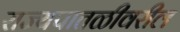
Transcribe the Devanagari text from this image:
राज्यपातळीवरील